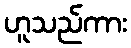
ဟူသည်ကား